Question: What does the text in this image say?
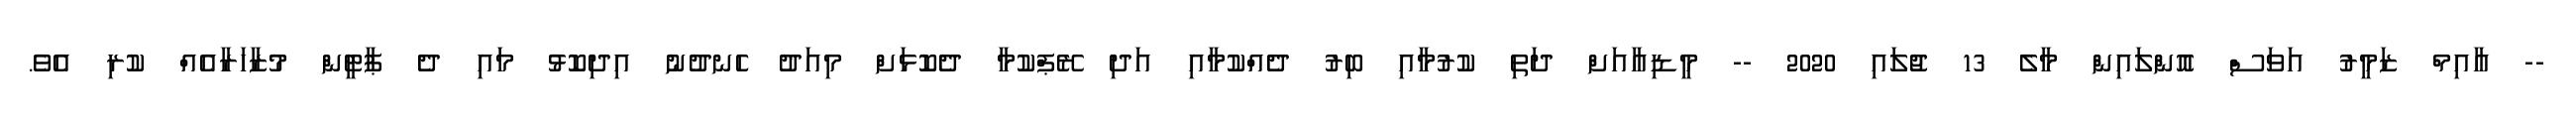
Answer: -- އާއިމް ޒަމީރު އަވަސް އޮންލައިން މާލެ 13 ޖުލައި 2020 -- މީޑިއާއަށް ދަތި ކުރުމާއި ބިރު ދެއްކުމާއި އަދި ރޭޕްކުމާ ދެކޮޅަށް މިއަދު ހެނދުނު އިދިކޮޅު މައި ދެ ޕާޓީން މުޒާހަރާއެއް ކުރި އެވެ.